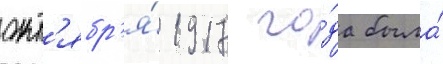
окт'ябр'я́ 1917 го́да была́